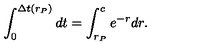
\int _ { 0 } ^ { \Delta t ( r _ { P } ) } d t = \int _ { r _ { P } } ^ { c } e ^ { - r } d r .